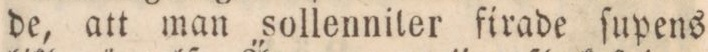
de, att man sollenniter firade ſupens